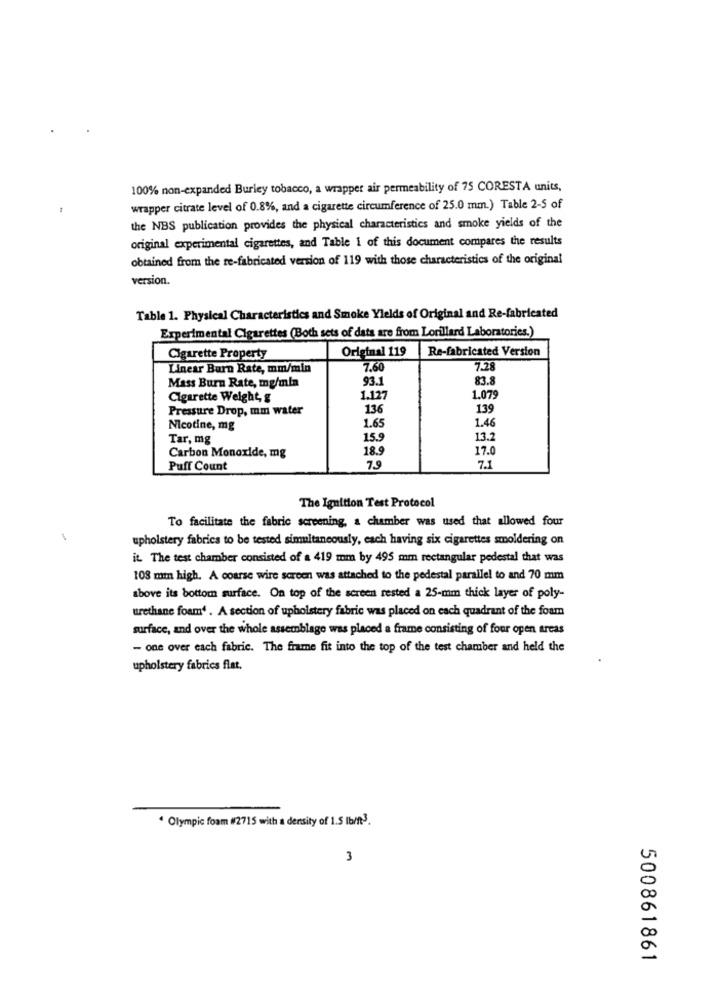
100% non-expanded Burley tobacco, a wrapper air permeability of 75 CORESTA units,
wrapper citrate level of 0.8%, and a cigarette circumference of 25.0 mm.) Table 2-5 of
the NBS publication provides the physical characteristics and smoke yields of the
original experimental cigarettes, and Table I of this document compares the results
obtained from the re-fabricated version of 119 with those characteristics of the original
version.
Table 1. Physical Characteristics and Smoke Yields of Original and Re-fabricated
Experimental Cigarettes (Both sets of data are from Lorillard Laboratories.)
Original 119
Re-fabricated Version
Cigarette Property
Linear Barn Rate, mm/min
7.60
7.28
Mass Burn Rate, mg/mla
93.
83.8
Cigarette Weight, g
1.127
1.079
Pressure Drop, mm water
136
139
1.65
1.46
Nicotine, mg
Tar, mg
15.9
13.2
Carbon Monoxide, mg
18.9
17.0
7.9
Puff Count
7.1
The Ignition Test Protocol
To facilitate the fabric screening, a chamber was used that allowed four
upholstery fabrics to be tested simultaneously, each having six cigarettes smoldering on
it. The test chamber consisted of a 419 mm by 495 mm rectangular pedestal that was
108 mm high. A coarse wire screen was attached to the pedestal parallel to and 70 mm
above its bottom surface. On top of the screen rested a 25-mm thick layer of poly-
urethane foam4 . A section of upholstery fabric was placed on each quadrant of the foam
surface, and over the whole assemblage was placed a frame consisting of four open areas
- one over each fabric. The frame fit into the top of the test chamber and held the
upholstery fabrics flat.
· Olympic foam #2715 with a density of 1.5 Ibm3.
3
500861861